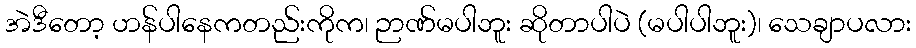
အဲဒီတော့ ဟန်ပါနေကတည်းကိုက၊ ဉာဏ်မပါဘူး ဆိုတာပါပဲ (မပါပါဘူး)၊ သေချာပလား